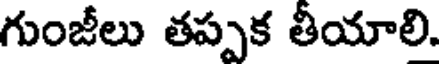
గుంజీలు తప్పక తీయాలి,